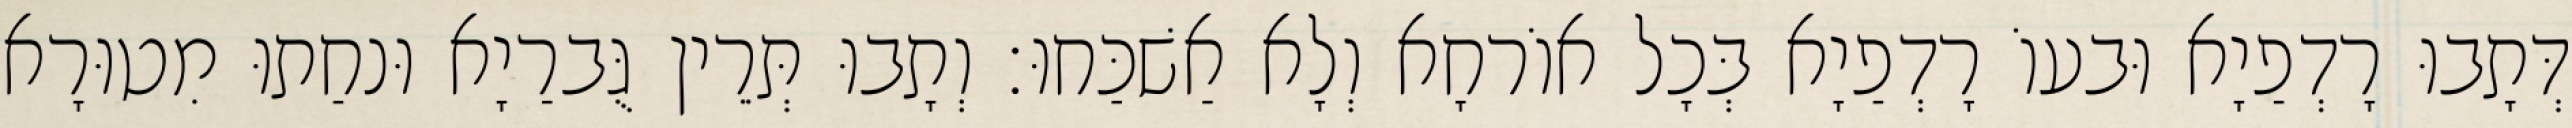
דְּתָבוּ רָדְפַיָא וּבעוֹ רָדְפַיָא בְּכָל אוֹרחָא וְלָא אַשׁכַּחוּ׃ וְתָבוּ תְּרֵין גֻּברַיָא וּנחַתוּ מִטוּרָא